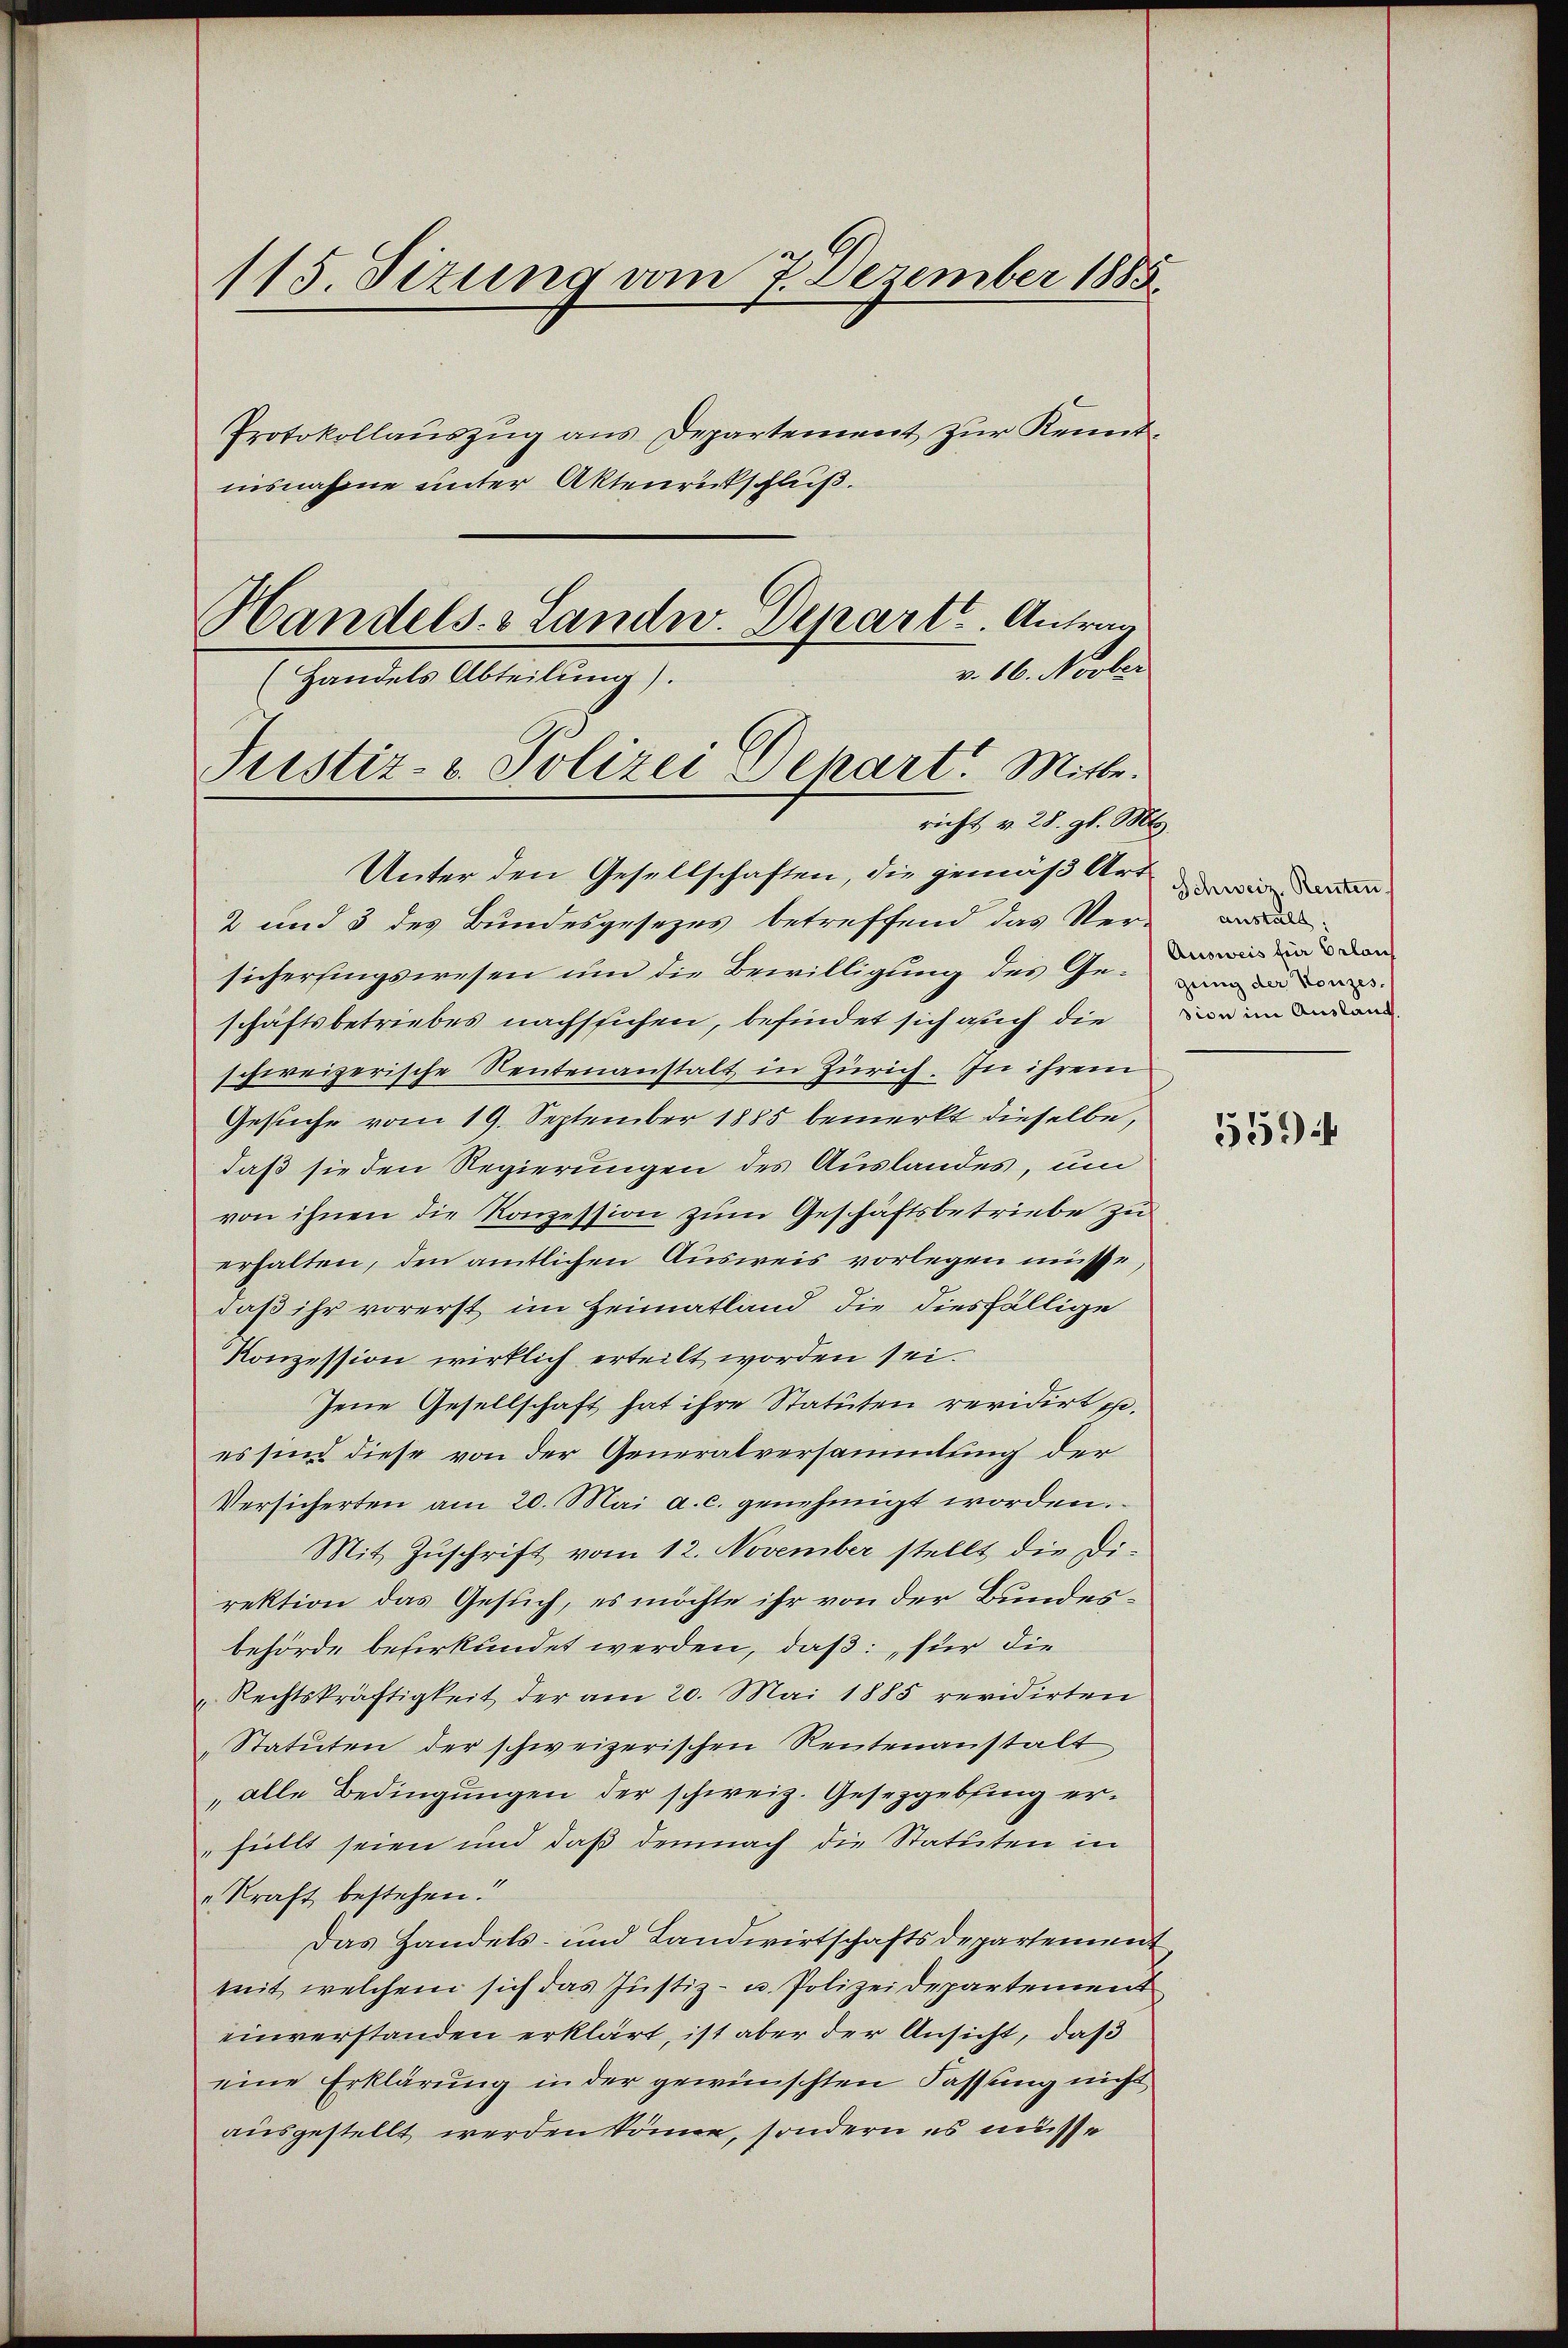
115 Sizung vom 7. Dezember 1885.
Protokollauszug aus Departement zur Kenntnisnahme unter Aktenrückschluß.
Handels- & Landw. Depart. Antrag
v. 16. Novber
(Handels Abteilung).

Unter den Gesellschaften, die gemäß Art
2 und 3 des Bundesgesezes betreffend das Versicherlingswesen um die Bewilligung des Geschäftsbetriebes nachsichen, befindet sich auch die
schweizerische Rentenanstalt in Zürich. In ihrem
Gesuche vom 19. September 1885 bemerkt dieselbe,
daß sie den Regierungen des Auslandes, um
von ihnen die Konzession zum Geschäftsbetriebe zu
erhalten, den amtlichen Ausweis vorlegen müsse,
daß ihr vorerst im Heimatland, die diesfällige
Konzession wirklich erteilt worden sei.
Jene Gesellschaft hat ihre Statuten revidirt p.
es sind diese von der Generalversammlung der
Versicherten am 20. Mai a. c. genehmigt worden.
Mit Zŭschrift vom 12. November stellt die Di-
rektion das Gesuch, es möchte ihr von der Bundesbehörde beherkundet werden, daß für die
„Rechtskräftigkeit der am 20. Mai 1885 revidirten
„Statuten der schweizerischen Reutenanstalt
„alle Bedingungen der schweiz. Gesetzgebung erhüllt seien und daß demnach die Statuten in
"Kraft bestehen.
Das Handels- und Landwirtschaftsdepartement
mit, welchem sich das Justiz- u. Polizeidepartement
einverstanden erklärt, ist aber der Ansicht, daß
eine Erklärung in der gewünschten Fassung nicht
ausgestellt werden könne, sondern es müsse

Justiz- u. Polizei Depart. Mitte.
richt v. 28. gl. Mts.

Schweiz. Renten.
anstalt.
Ausweis fin Erlauf
gung der Konzes.
sion im Auslang.

559